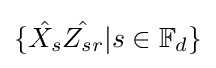
\{{\hat {X_{s}}}{\hat {Z_{sr}}}|s\in \mathbb {F} _{d}\}